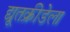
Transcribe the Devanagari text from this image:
द्यूतक्रीडेला